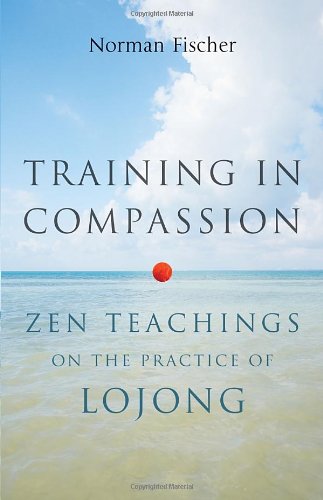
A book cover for Training in Compassion: Zen Teachings on the Practice of Lojong; Norman Fischer; Religion & Spirituality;